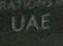
uae